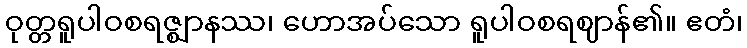
ဝုတ္တရူပါဝစရဇ္ဈာနဿ၊ ဟောအပ်သော ရူပါဝစရဈာန်၏။ ဧတံ၊